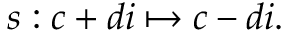
s : c + d i \mapsto c - d i .